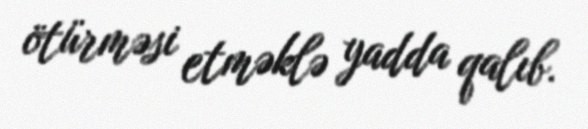
ötürməsi etməklə yadda qalıb.